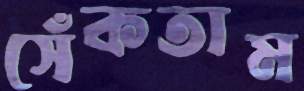
সেঁকতাম